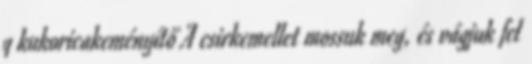
g kukoricakeményítő A csirkemellet mossuk meg, és vágjuk fel